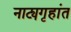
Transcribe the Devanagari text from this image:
नाट्यगृहांत